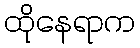
ထိုနေရာက